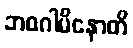
ဘဝဂါမိနောတိ